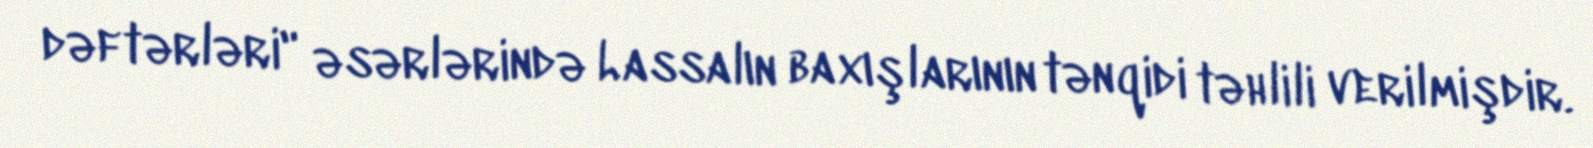
dəftərləri" əsərlərində Lassalın baxışlarının tənqidi təhlili verilmişdir.